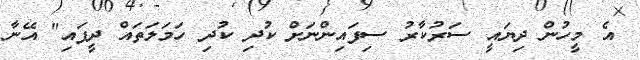
އެ މީހުން ދިޔައީ ސަރުކާރު ސިފައިންނަށް ކުދި ކުދި ހަމަލަތައް ދީފައި" އޭނާ